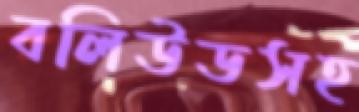
বলিউডসহ